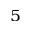
^ 5